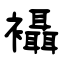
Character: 襵